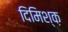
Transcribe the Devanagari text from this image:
दिमिश्क़